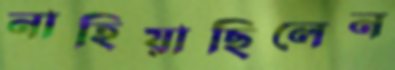
নাহিয়াছিলেন